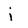
Character: j